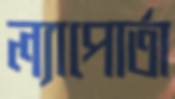
ল্যাপোর্তা